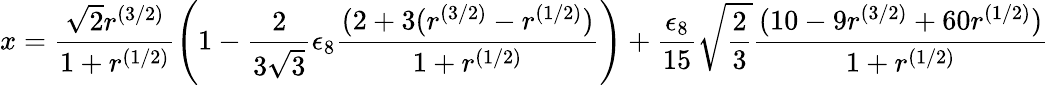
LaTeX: x=\frac{\sqrt{2}r^{(3/2)}}{1+r^{(1/2)}}\left(1-\frac{2}{3\sqrt{3}}\epsilon_{8}\frac{(2+3(r^{(3/2)}-r^{(1/2)})}{1+r^{(1/2)}}\right)+\frac{\epsilon_{8}}{15}\sqrt{\frac{2}{3}}\frac{(10-9r^{(3/2)}+60r^{(1/2)})}{1+r^{(1/2)}}